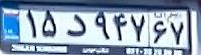
۱۵د۹۴۷۶۷